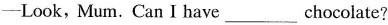
-Look, Mum. Can I have___chocolate?